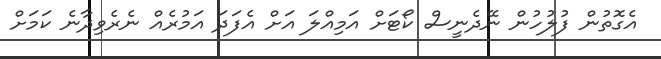
އެގޮތުން ފުލުހުން ނޭދެނީސް ކޯޓަށް އަމިއްލަ އަށް އެފަދަ އަމުރެއް ނެރެވިދާނެ ކަމަށް